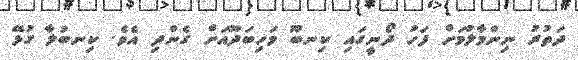
ދަތުރު ނިންމާލުމަށް ފަހު ދޯނީގައި ކިނބޫ މަހިބަދޫއަށް ގެންދި އެވެ. ކިނބުލާ ގުޅޭ